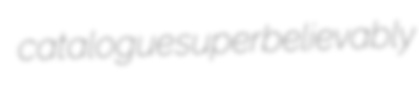
catalogue superbelievably